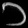
Digit: ၁